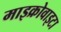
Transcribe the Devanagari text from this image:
माइक्रोवाइटा